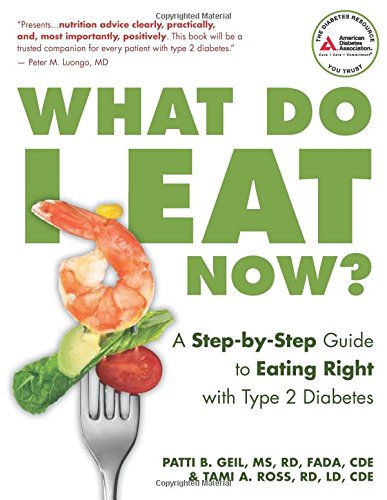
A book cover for What Do I Eat Now?: A Step-by-Step Guide to Eating Right with Type 2 Diabetes; Patti Geil; Cookbooks, Food & Wine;